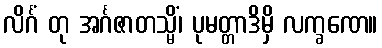
လိင်္ဂံ တု အင်္ဂဇာတသ္မိံ၊ ပုမတ္တာဒိမှိ လက္ခဏေ။